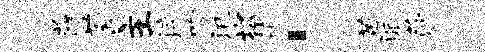
薛萄主淬吻汛坎琵：苗派莎